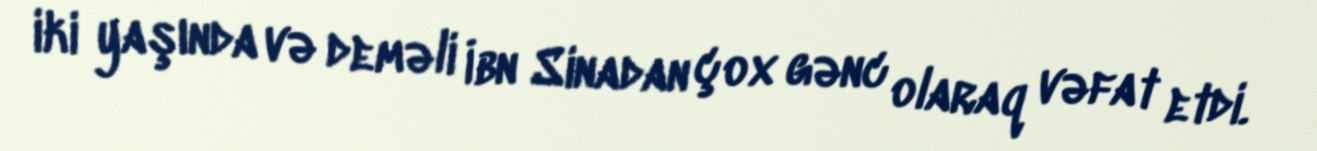
iki yaşında və deməli İbn Sinadan çox gənc olaraq vəfat etdi.